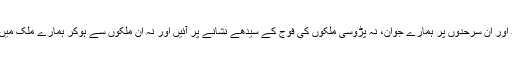
ٹی ایس ڈی کا ٹاسک، پاکستان کی سرحد، نیپال کی سرحد، بنگلہ دیش کی سرحد اور ان سرحدوں پر ہمارے جوان، نہ پڑوسی ملکوں کی فوج کے سیدھے نشانے پر آئیں اور نہ اِن ملکوں سے ہوکر ہمارے ملک میں داخل ہونے والے دہشت گردوں کے نشانے پر آئیں، یہ اس ڈویژن کا ٹاسک تھا۔